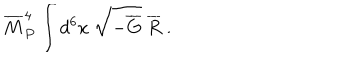
LaTeX: { \overline { { M } } } _ { P } ^ { 4 } \int d ^ { 6 } x ~ \sqrt { - { \overline { { G } } } } ~ { \overline { { R } } } ~ .